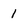
Character: 1